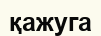
қажуга